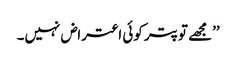
’’مجھے تو پتر کوئی اعتراض نہیں۔